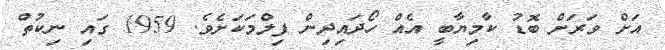
އަށް ވަރަށް ބޮޑު ކާމިޔާބީ އެއް ހޯދައިދިން ފިލްމަކަށެވެ. 1959 ގައި ނިކުތް